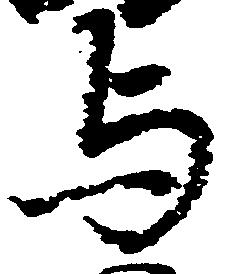
与